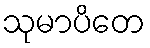
သုမာပိတေ